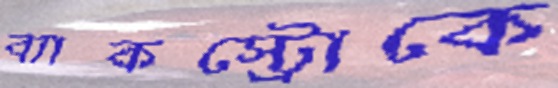
ব্যাকস্ট্রোকে